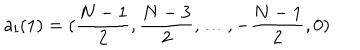
a _ { l } ( 1 ) = ( { \frac { N - 1 } { 2 } } , { \frac { N - 3 } { 2 } } , \dots , - { \frac { N - 1 } { 2 } } , 0 )